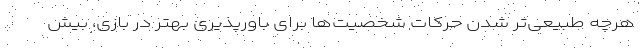
هرچه طبیعی‌تر شدن حرکات شخصیت‌ها برای باورپذیری بهتر در بازی، بیش